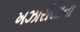
ખઝારીયાના